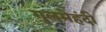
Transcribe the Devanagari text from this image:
गुलमेहंदी